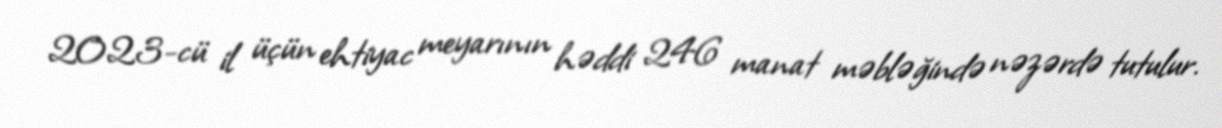
2023-cü il üçün ehtiyac meyarının həddi 246 manat məbləğində nəzərdə tutulur.